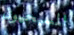
المسيحيون